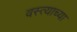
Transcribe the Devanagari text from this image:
वस्त्याच्या